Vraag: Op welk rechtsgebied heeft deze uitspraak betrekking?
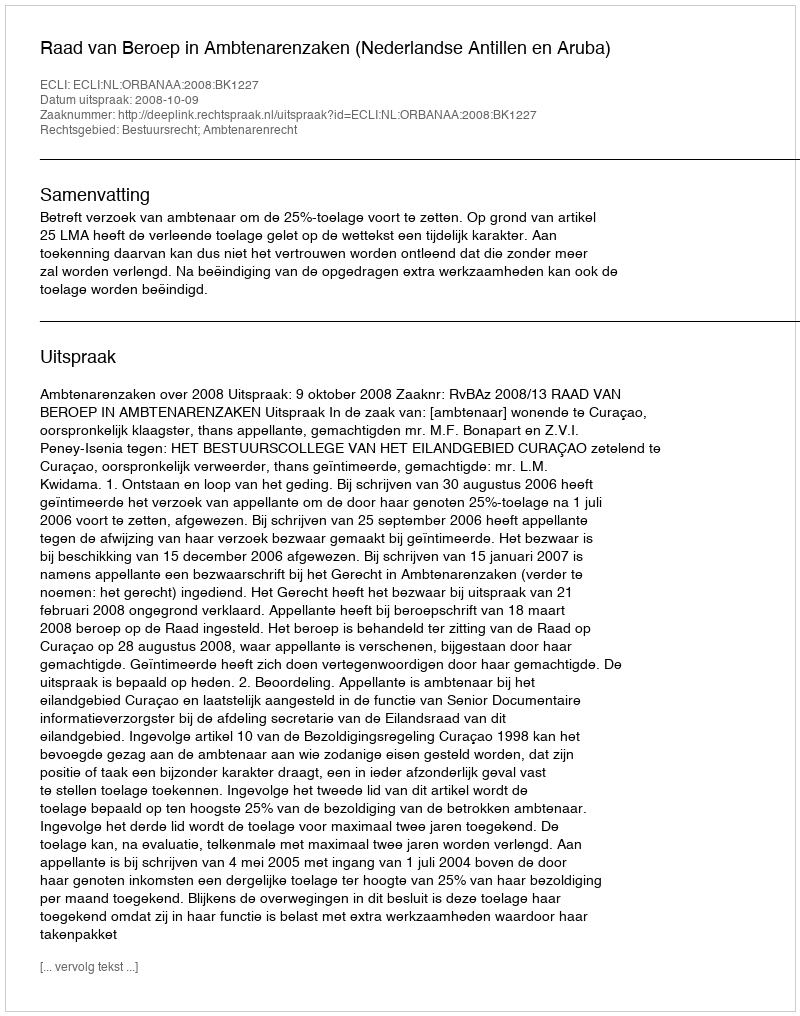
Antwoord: Bestuursrecht; Ambtenarenrecht